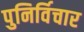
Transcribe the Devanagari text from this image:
पुनिर्विचार